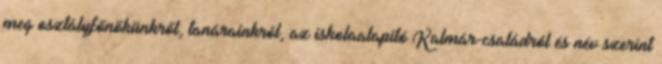
meg osztályfőnökünkről, tanárainkról, az iskolaalapító Kalmár-családról és név szerint